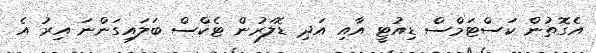
އެގޮތުން ކަސްޓަމްސް ޑިއުޓީ އާއި އަދި ޑޮލަރުން ޓެކްސް ބަލައިގަންނަ އިރު އެ